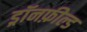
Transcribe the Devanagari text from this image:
ड्रॉनफ़ील्ड